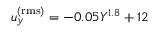
u _ { y } ^ { \mathrm { ( r m s ) } } = - 0 . 0 5 Y ^ { 1 . 8 } + 1 2